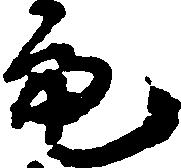
亮